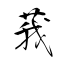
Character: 莪